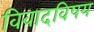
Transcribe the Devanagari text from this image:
विवादविषय